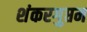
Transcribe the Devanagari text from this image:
शंकरगुप्तम